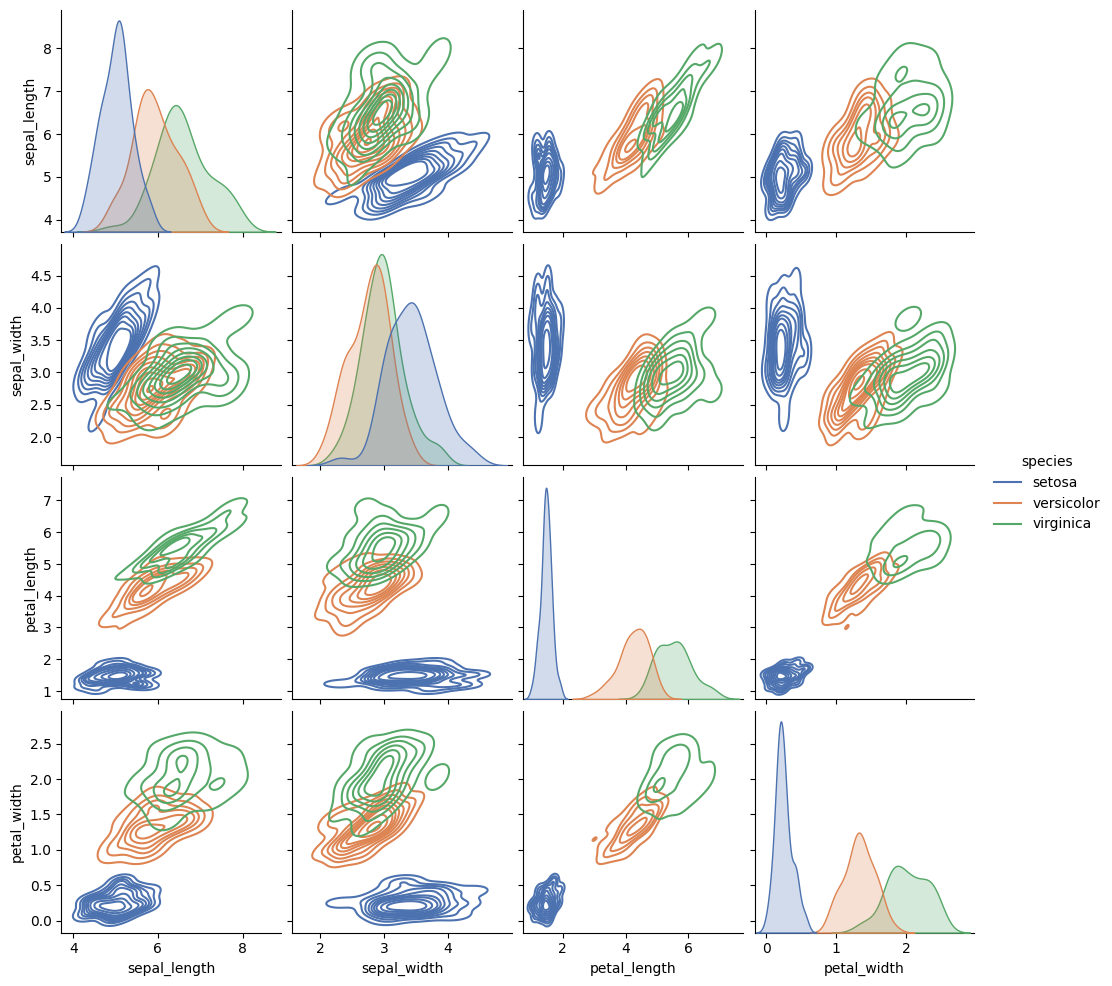
python, seaborn, pairplot, palette='deep', markers=['o'], kind='kde', diag_kind='kde'